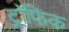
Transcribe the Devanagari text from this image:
ट्रॉफिक